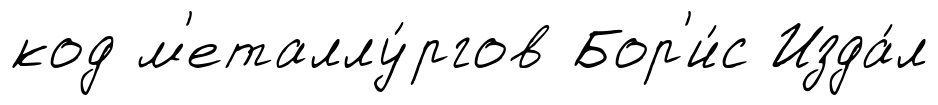
код м'еталлу́ргов Бор'и́с Изда́л